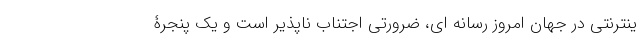
ینترنتی در جهان امروز رسانه ای، ضرورتی اجتناب ناپذیر است و یک پنجرۀ